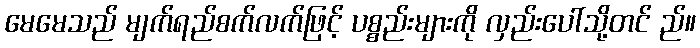
မေမေသည် မျက်ရည်စက်လက်ဖြင့် ပစ္စည်းများကို လှည်းပေါ်သို့တင် ည်။